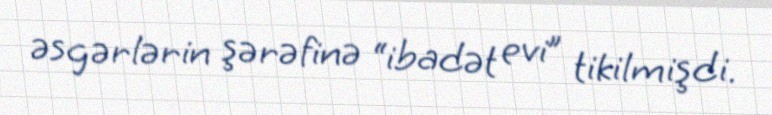
əsgərlərin şərəfinə “ibadət evi” tikilmişdi.